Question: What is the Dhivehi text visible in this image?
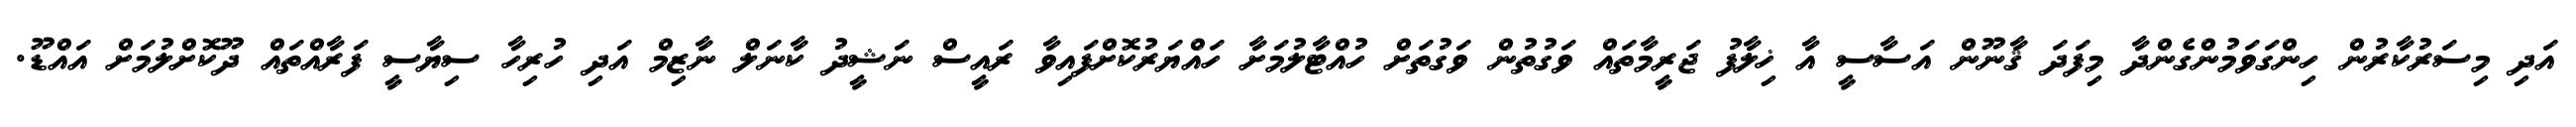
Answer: އަދި މިސަރުކާރުން ހިންގަވަމުންގެންދާ މިފަދަ ޤާނޫން އަސާސީ އާ ޚިލާފު ޖަރީމާތައް ވަގުތުން ވަގުތަށް ހުއްޓާލުމަށާ ހައްޔަރުކޮށްފައިވާ ރައީސް ނަޝީދު ކާނަލް ނާޒިމް އަދި ހުރިހާ ސިޔާސީ ފަރާއްތައް ދޫކޮށްލުމަށް އައްޑޫ.